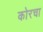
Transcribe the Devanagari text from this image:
कोरचा